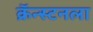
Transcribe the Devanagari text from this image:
क्रॅन्स्टनला